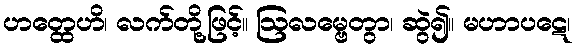
ဟတ္ထေဟိ၊ လက်တို့ဖြင့်။ ဩလမ္ဗေတွာ၊ ဆွဲ၍။ မဟာပဋေ၊